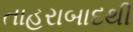
તાહરાબાદથી